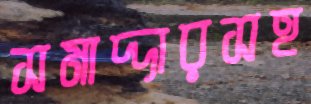
সমাদ্দারসহ